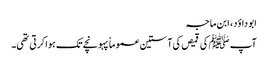
ابو داؤد، ابن ماجہ
آپ ﷺ کی قمیص کی آستین عموماً پہونچے تک ہوا کرتی تھی۔